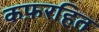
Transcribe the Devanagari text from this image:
कफ़रहित